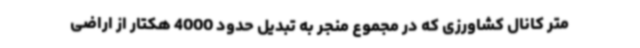
متر کانال کشاورزی که در مجموع منجر به تبدیل حدود 4000 هکتار از اراضی